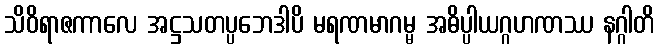
သိဝိရာဇကာလေ အဋ္ဌသတပ္ပဘေဒါပိ မရဏမာဂမ္မ အဓိပ္ပါယဂ္ဂဟဏဿ နဂ္ဂါတိ